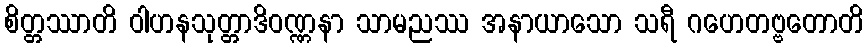
စိတ္တဿာတိ ဝါဟနသုတ္တာဒိဝဏ္ဏနာ သာမညဿ အနာယာသော သရီ ဂဟေတဗ္ဗတောတိ